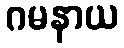
ဂမနာယ